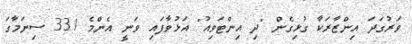
ވަރުގަދަ އިންޒާރަކާ ގުޅިގެން "ދި އިންޓަވިއު" އަޅުވާފައި ވަނީ އެންމެ 331 ސިނަމާގަ